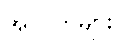
အလက်များ